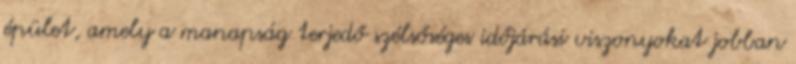
épület, amely a manapság terjedő szélsőséges időjárási viszonyokat jobban